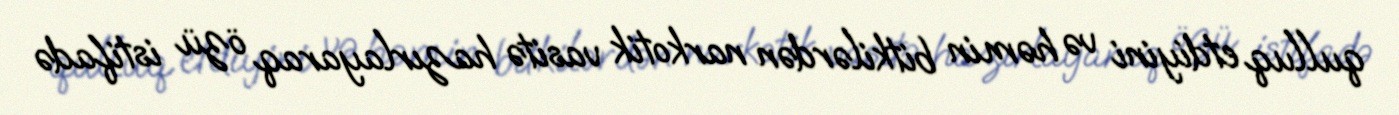
qulluq etdiyini və həmin bitkilərdən narkotik vasitə hazırlayaraq özü istifadə